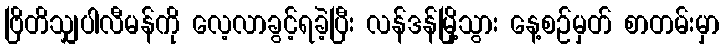
ဗြိတိသျှပါလီမန်ကို လေ့လာခွင့်ရခဲ့ပြီး လန်ဒန်မြို့သွား နေ့စဉ်မှတ် စာတမ်းမှာ